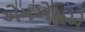
એનએસએ